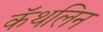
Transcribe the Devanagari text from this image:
कॅथलिन